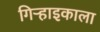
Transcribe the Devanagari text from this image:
गिऱ्हाइकाला